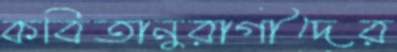
কবিতানুরাগীদের